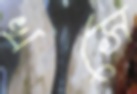
খসে